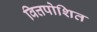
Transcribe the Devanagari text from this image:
वित्तपोशित